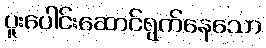
ပူးပေါင်းဆောင်ရွက်နေသော